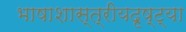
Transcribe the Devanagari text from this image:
भाषाशास्त्रीयदृष्ट्या